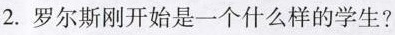
2.罗尔斯刚开始是一个什么样的学生?